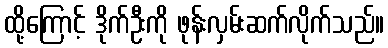
ထို့ကြောင့် ဒိုက်ဦးကို ဖုန်းလှမ်းဆက်လိုက်သည်။